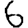
Digit: 6